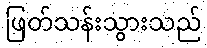
ဖြတ်သန်းသွားသည်